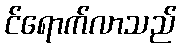
င်ရောက်လာသည်